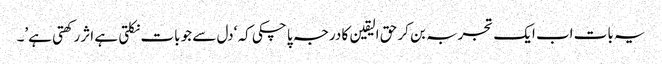
یہ بات اب ایک تجربہ بن کر حق الیقین کا درجہ پا چکی کہ ‘دل سے جو بات نکلتی ہے اثر رکھتی ہے’۔